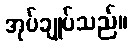
အုပ်ချုပ်သည်။